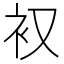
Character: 𮕧